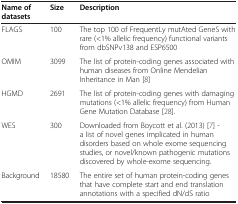
| Name of datasets | Size | Description |
 | --- | --- | --- |
 | FLAGS | 100 | The top 100 of FrequentLy mutAted GeneS with rare (<1% allelic frequency) functional variants from dbSNPv138 and ESP6500 |
 | OMIM | 3099 | The list of protein-coding genes associated with human diseases from Online Mendelian Inheritance in Man [8] |
 | HGMD | 2691 | The list of protein-coding genes with damaging mutations (<1% allelic frequency) from Human Gene Mutation Database [28]. |
 | WES | 300 | Downloaded from Boycott et al. (2013) [7] - a list of novel genes implicated in human disorders based on whole exome sequencing studies, or novel/known pathogenic mutations discovered by whole-exome sequencing. |
 | Background | 18580 | The entire set of human protein-coding genes that have complete start and end translation annotations with a specified dN/dS ratio |